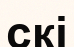
скі